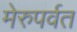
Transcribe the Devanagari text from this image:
मेरुपर्वत